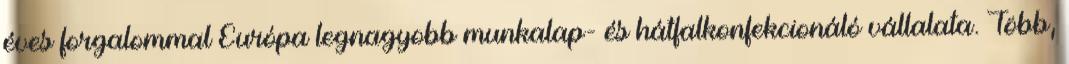
éves forgalommal Európa legnagyobb munkalap- és hátfalkonfekcionáló vállalata. Több,